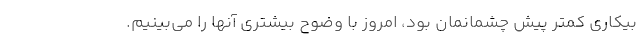
بیکاری کمتر پیش چشمانمان بود، امروز با وضوح بیشتری آنها را می‌بینیم.